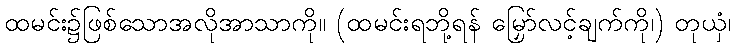
ထမင်း၌ဖြစ်သောအလိုအာသာကို။ (ထမင်းရဘို့ရန် မြှော်လင့်ချက်ကို၊) တုယှံ၊